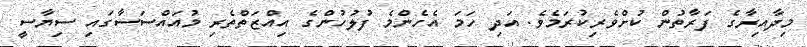
މިދާއިރާގެ ފަރާތުން ކުށްވެރިކުރަމެވެ. އަދި ހަމަ އެހެންމެ ފުލުހުންގެ އިއްޒަތްތެރި މުއައްސަސާގައި ސިޔާސީ